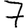
Digit: 7